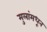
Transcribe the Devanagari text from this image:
मुलांमधून